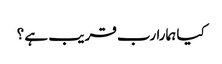
کیا ہمارا رب قریب ہے ؟